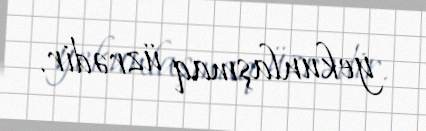
yekunlaşmaq üzrədir.